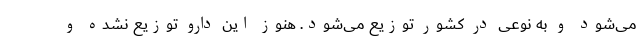
می‌شود و به نوعی در کشور توزیع می‌شود. هنوز این دارو توزیع نشده و